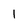
Character: l